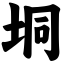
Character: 垌